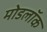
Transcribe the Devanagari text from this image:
मोडलॉक